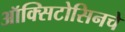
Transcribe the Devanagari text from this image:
ऑक्सिटोसिनचे